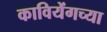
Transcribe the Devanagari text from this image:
कावियेंगच्या